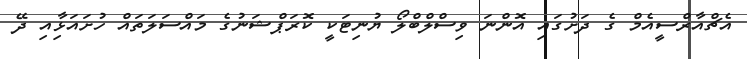
އެޗްއާރްސީއެމް ގެ ދަށުގައި އޮންނަ ވިސްލްބްލޯ ޔުނިޓަކީ ކޮރަޕްޝަނުގެ މައްސަލަތައް ހުށައަޅާިއި ދޭ